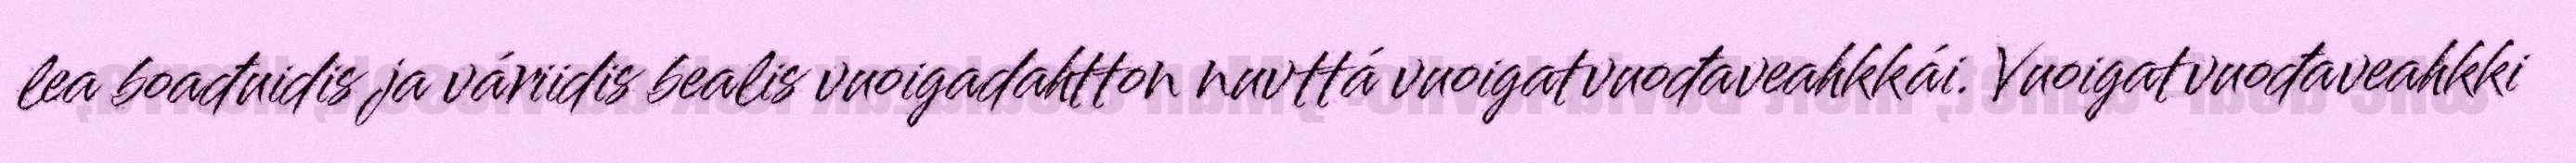
lea boađuidis ja váriidis bealis vuoigadahtton nuvttá vuoigatvuođaveahkkái. Vuoigatvuođaveahkki